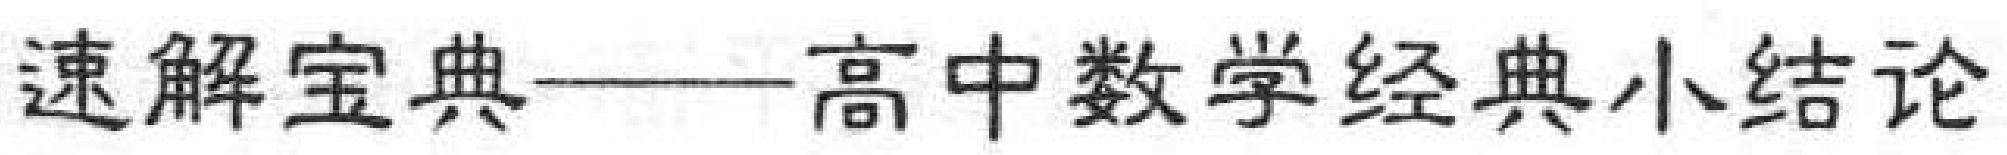
速解宝典——高中数学经典小结论